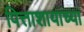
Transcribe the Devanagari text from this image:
पित्ताशायाच्या